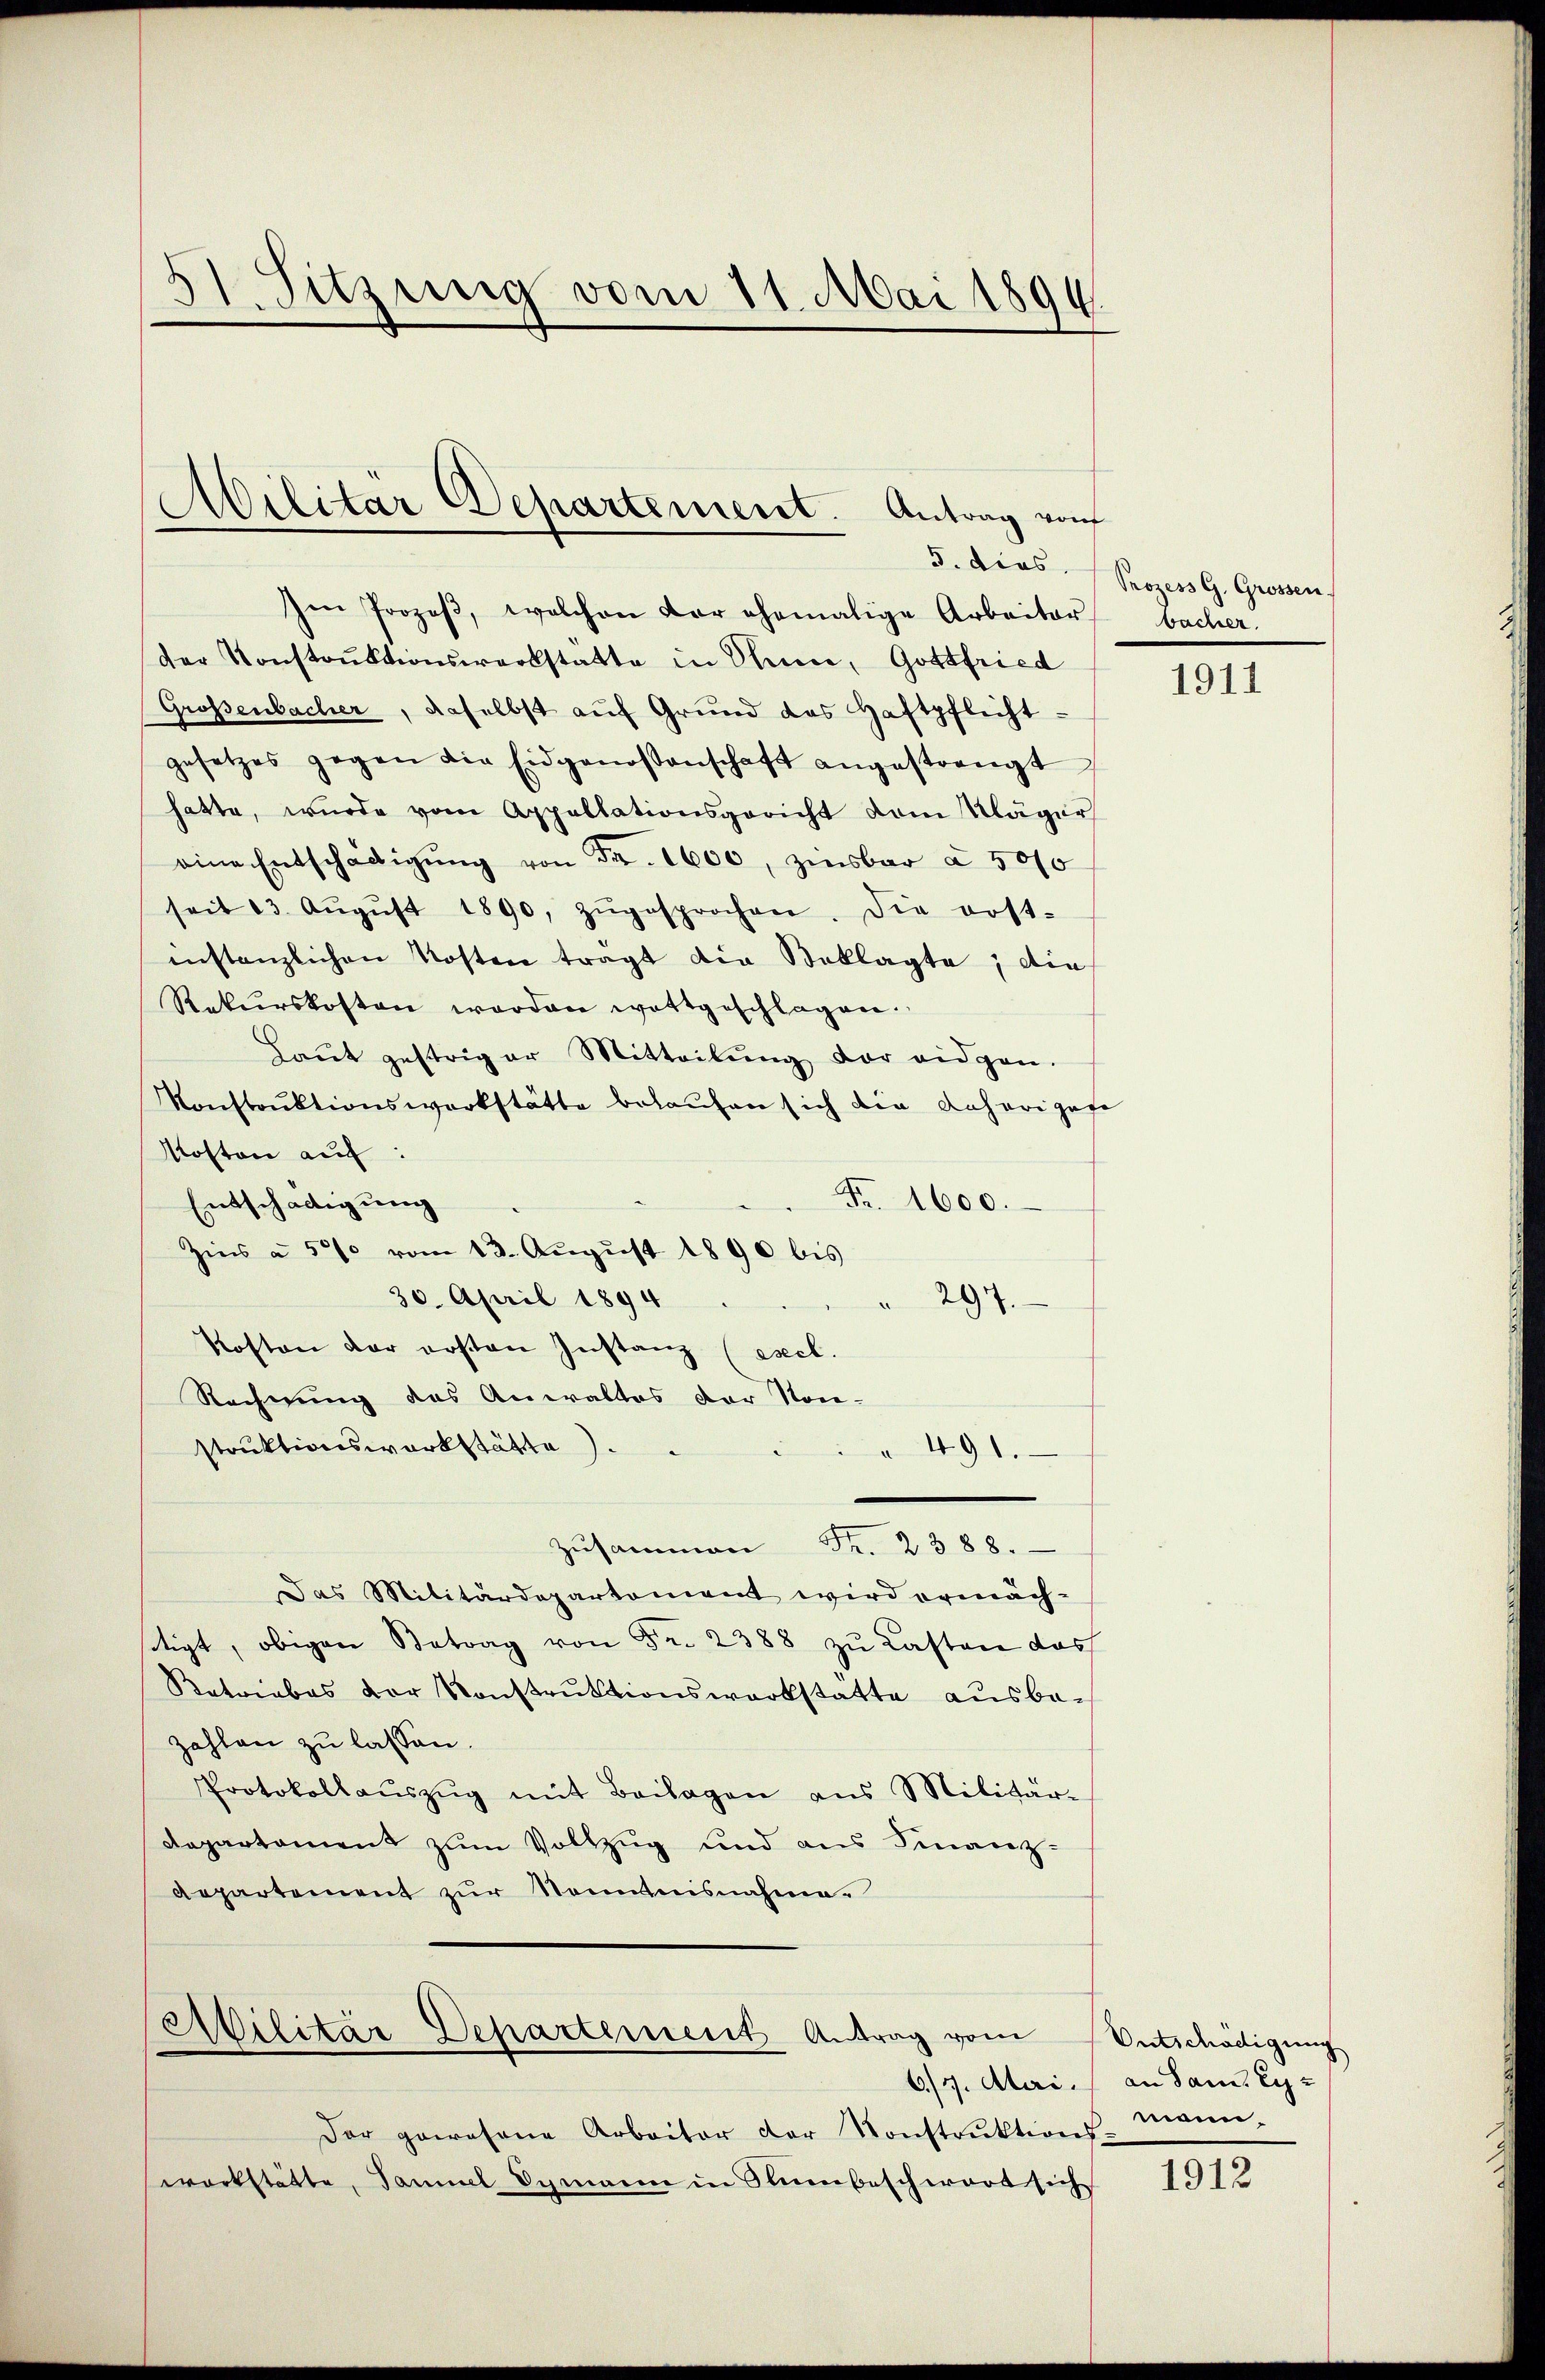
31. Sitzung vom 11. Mai 1890.

Im Prozeβ, welchen der ehemalige Arbeiter
der Konstrŭktionswerkstatte in Sinn, Gottfried
Grossenbacher, daselbst auf Grund das Haftpflicht-
gesetzes gegen die Eidgenoßenschaft angestrengt
hatte, wurde vom Appellationsgericht vom Kläger
eine Entschädigŭng von Fr. 1600, zinsbar à 5 0/0
seit 13. Aŭgŭst 1890, zŭgesprochen. Die erst-
instanzlichen Kosten tragt die Beklagte, die
Rekurskosten worden wettgeschlagen.
Laŭt gestriger Mitteilŭng vor eidgen.
Konstruktionswerkstätte belaufen sich die daheriger
Moston auf:
Nr. 1600.
Entschädigung
Zins à 5% vom 13. August 1890 bis
30. April 1894
294.
.
Kosten der ersten Instanz (eseel.
Rechnung des Anwaltes der Non-
struktionswerkstätte.
 491.
Zŭsammen Fr. 2388.
Das Militärdepartement wird ermächttigt, obigen Betrag von Fr. 2388 zu Casten das
Retriebes der Konstrŭktionswerkstatte ausbe-
zahlen zu lassen.
Protokollaŭszŭg mit Beilagen ans Militär-
Departament zum Vollzug und aus Finanz-
Repartement zur Nominisnahme.

d
lilitar Departemenst. Antrag von
5. dies

Militär Departement Antrag vom

Der gewesene Arbeiter der Konstruktions-
werkstätte, Samuel Symann in Numbeschwart sich

Prozess G. Grossen
bacher.

e

1911

Entschädigung
6/7. Alari an Sam. Ey
mann.

1912